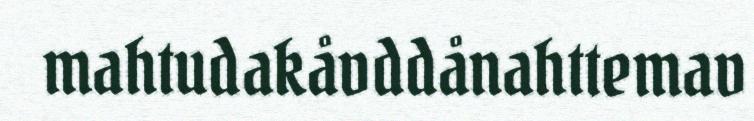
mahtudakåvddånahttemav